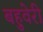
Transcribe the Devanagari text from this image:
बहुवेरी